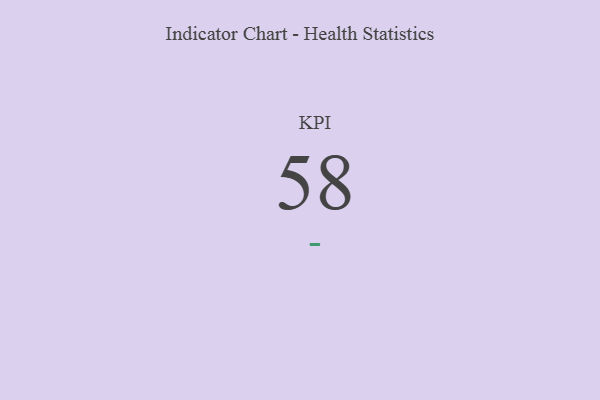
{"axis": {"x": "KPI", "y": "Value"}, "legend": [""], "data": [{"x": "KPI", "y": 58, "type": ""}]}